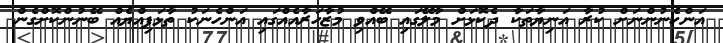
އަންހެނުންނަށް ކުރާ އަނިޔާތަކާ ދެކޮޅަށް މާލޭގައި ބޭއްވި މުޒާހަރާއެއްގައި އަންހެނަކު ތާޅަފިއްޔެއް ބޭނުންކޮށްގެން